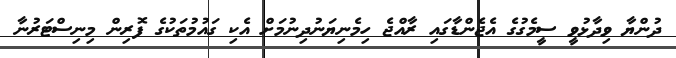
ދުންޔާ ވިދާޅުވީ ސީމެގުގެ އެޖެންޑާގައި ރާއްޖެ ހިމެނިޔަނުދިނުމަށް އެކި ގައުމުތަކުގެ ފޮރިން މިނިސްޓަރުނާ